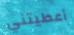
أعطيتني